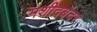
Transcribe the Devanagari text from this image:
मशीदबंदर